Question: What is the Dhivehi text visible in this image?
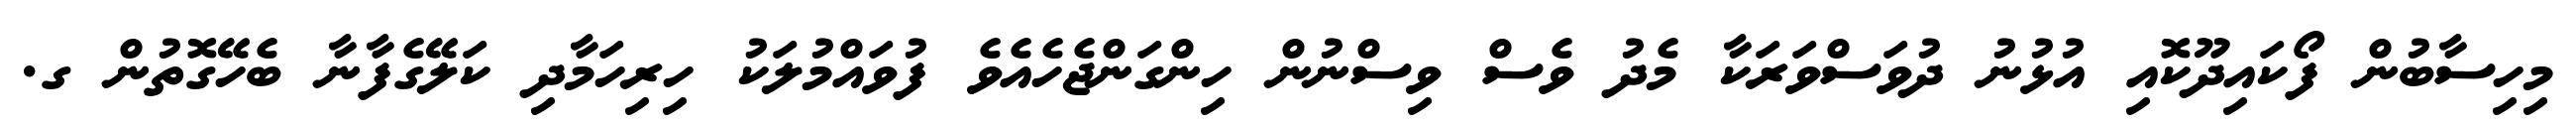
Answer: މިހިސާބުން ފޯކައިދޫކޮއި އުޅުނު ދުވަސްވަރަކާ މެދު ވެސް ވިސްނުން ހިންގަންޖެހެއެވެ ފުވައްމުލަކު ހިރިހަމާދި ކަލޭގެފާނާ ބެހޭގޮތުން ގ.